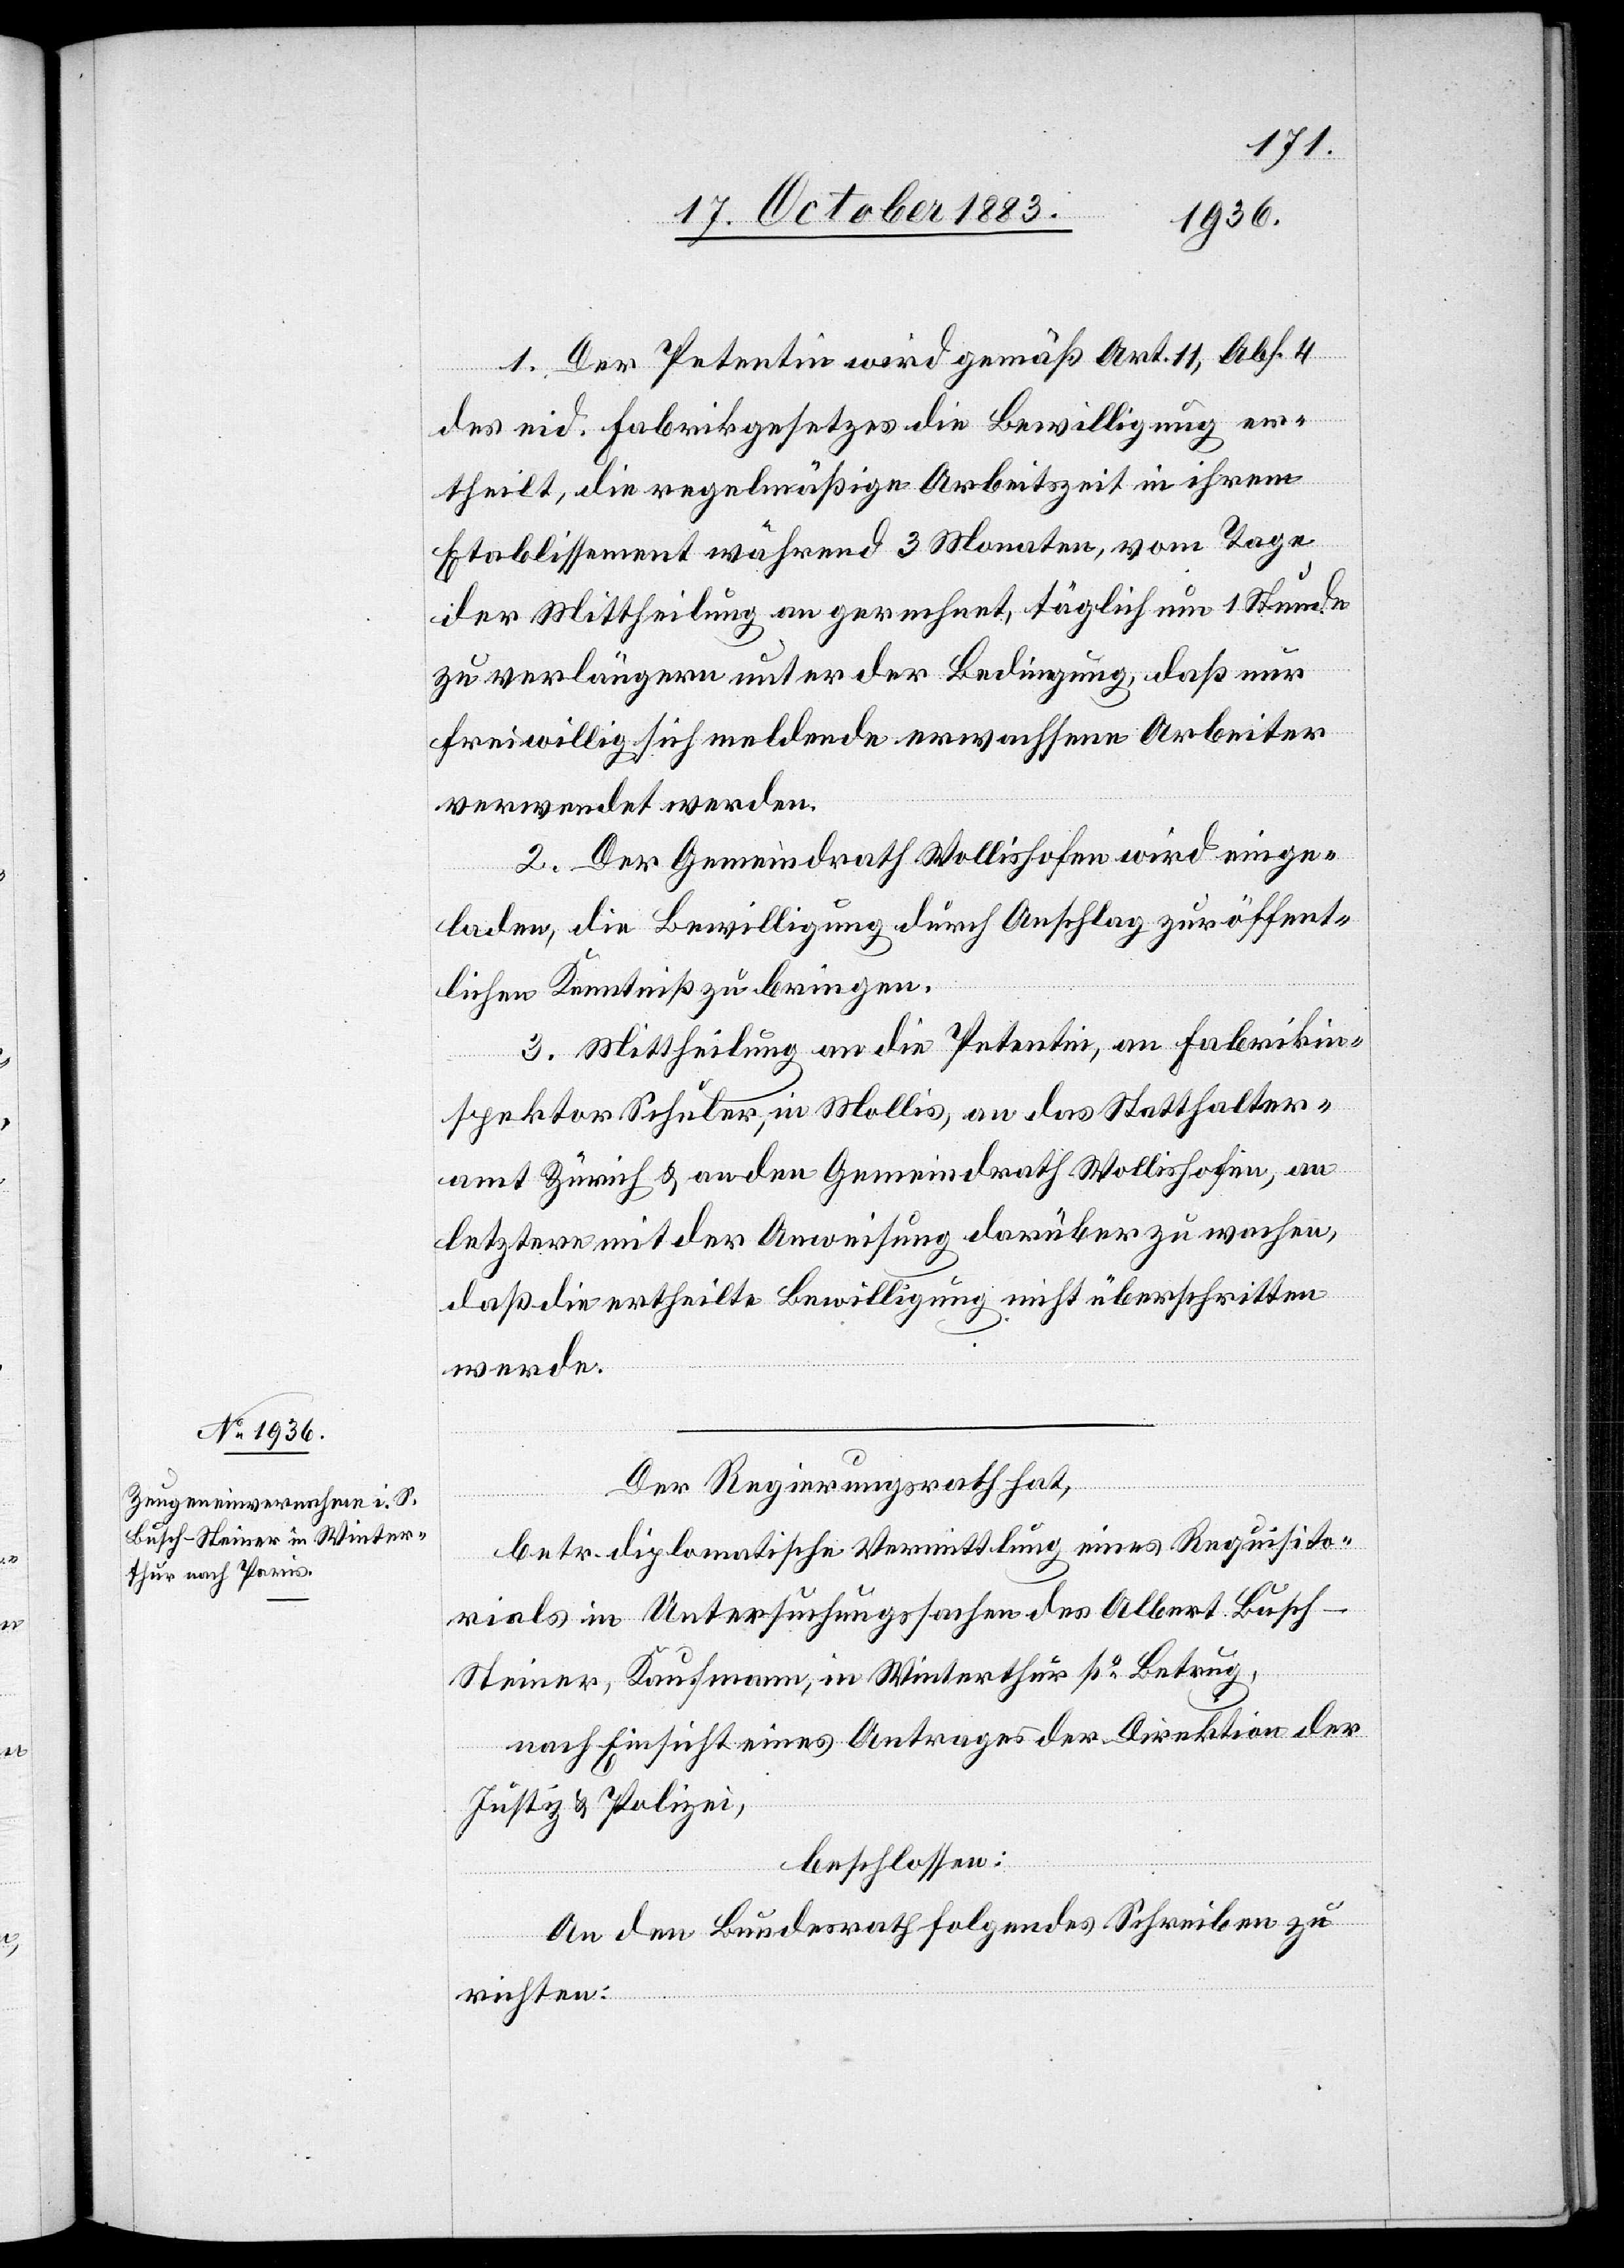
1. Der Petentin wird gemäß Art. 11, Abs. 4
des eid. Fabrikgesetzes die Bewilligung er¬
theilt, die regelmäßige Arbeitszeit in ihrem
Etablissement während 3 Monaten, vom Tage
der Mittheilung an gerechnet, täglich um 1 Stunde
zu verlängern unter der Bedingung, daß nur
freiwillig sich meldende erwachsene Arbeiter
verwendet werden.
2. Der Gemeindrath Wollishofen wird einge¬
laden, die Bewilligung durch Anschlag zur öffent¬
lichen Kenntniß zu bringen.
3. Mittheilung an die Petentin, an Fabrikin¬
spektor Schuler, in Mollis, an das Statthalter¬
amt Zürich & an den Gemeindrath Wollishofen, an
letztere mit der Anweisung darüber zu wachen,
daß die ertheilte Bewilligung nicht überschritten
werde.
Der Regierungsrath hat,
betr. diplomatische Vermittlung eines Requisito¬
rials in Untersuchungssachen des Albert Busch-S¬
teiner, Kaufmann, in Winterthur po Betrug,
nach Einsicht eines Antrages der Direktion der
Justiz & Polizei,
beschlossen:
An den Bundesrath folgendes Schreiben zu
richten: